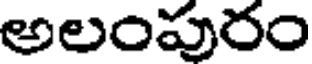
అలంపురం